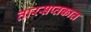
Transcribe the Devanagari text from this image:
तारसप्तकात